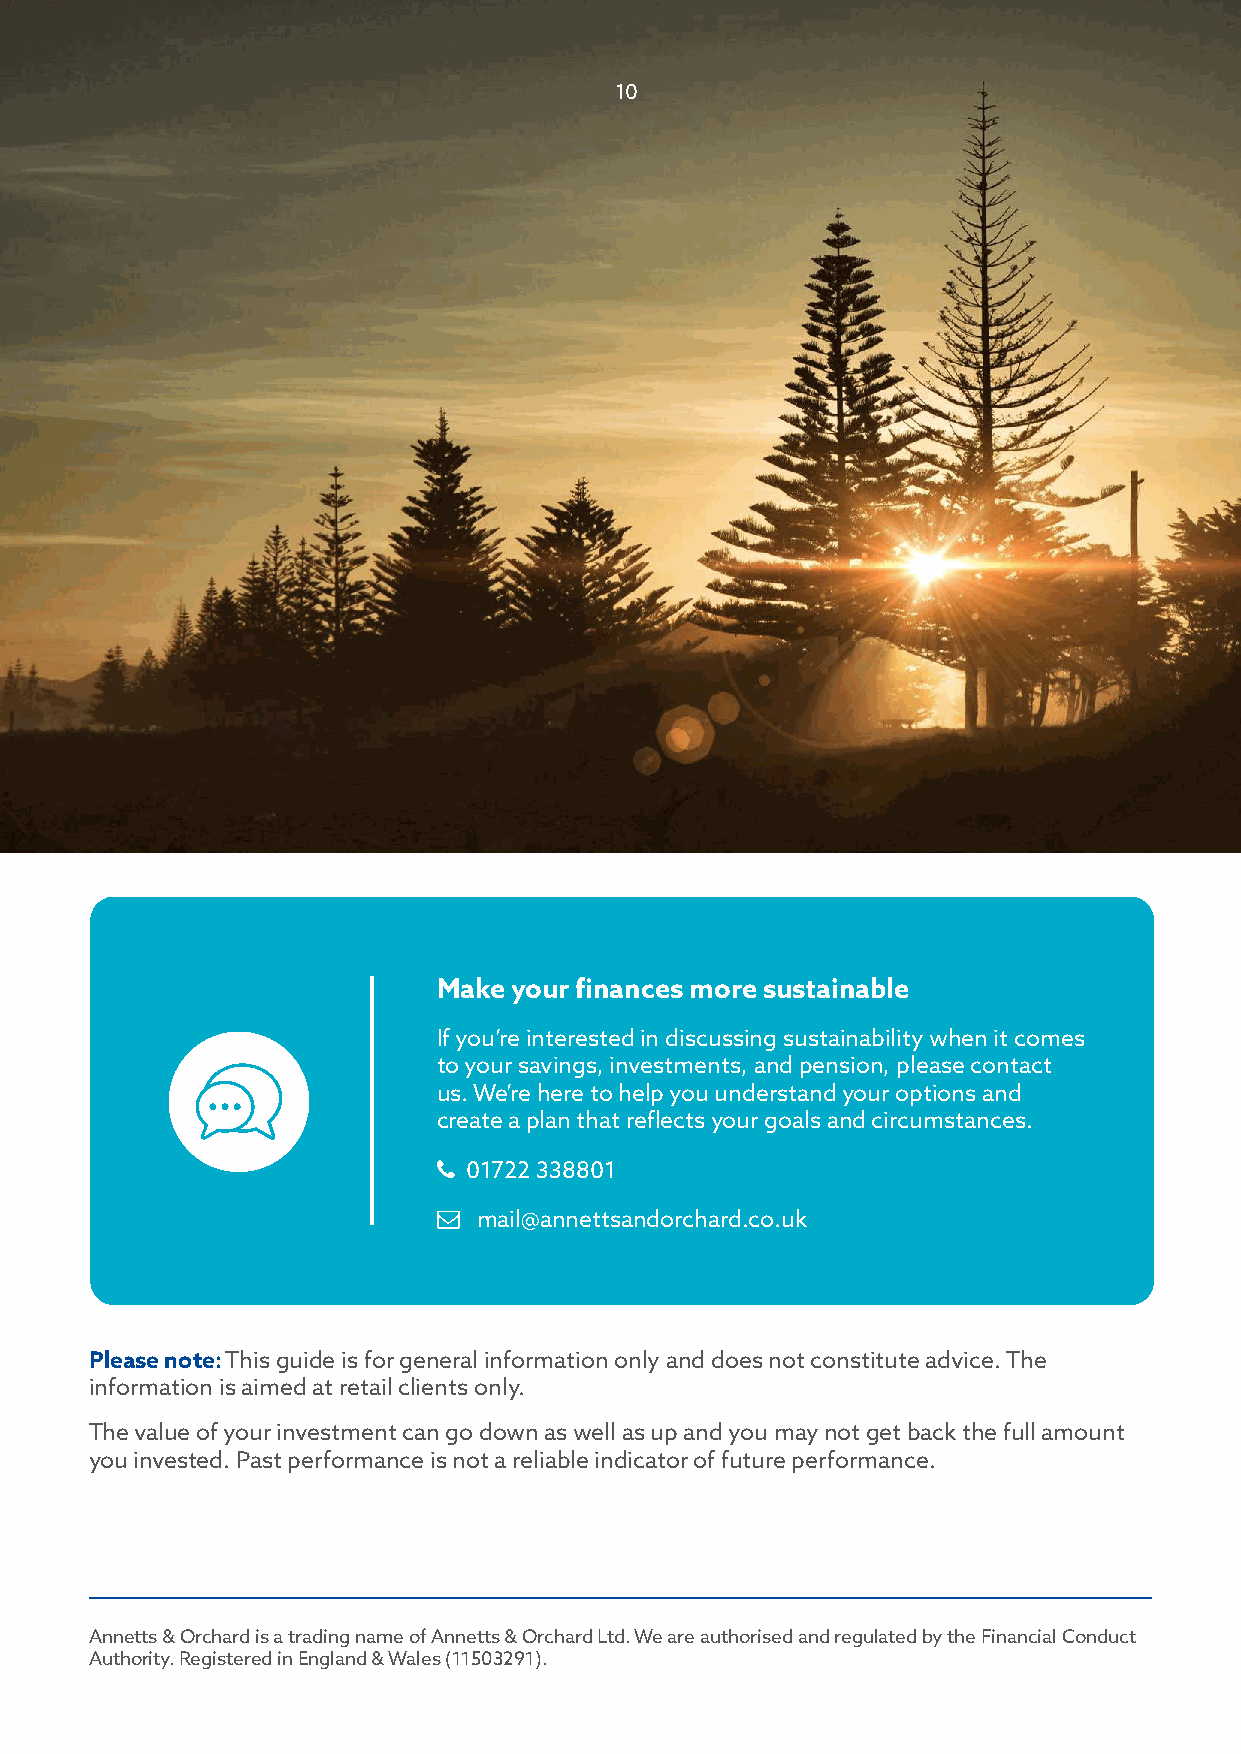
10
 Make your finances more sustainable
 If you’re interested in discussing sustainability when it comes
 to your savings, investments, and pension, please contact
 us. We’re here to help you understand your options and
 create a plan that reflects your goals and circumstances.
  01722 338801
   mail@annettsandorchard.co.uk
 Please note: This guide is for general information only and does not constitute advice. The
 information is aimed at retail clients only.
 The value of your investment can go down as well as up and you may not get back the full amount
 you invested. Past performance is not a reliable indicator of future performance.
 Annetts & Orchard is a trading name of Annetts & Orchard Ltd. We are authorised and regulated by the Financial Conduct
 Authority. Registered in England & Wales (11503291).